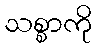
သစ္စာကို